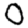
Digit: 0